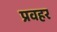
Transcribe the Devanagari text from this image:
प्रवहर